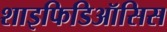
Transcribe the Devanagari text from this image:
शाइफिडिऑसिस